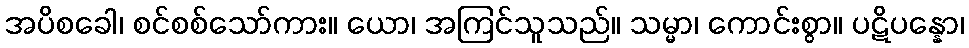
အပိစခေါ၊ စင်စစ်သော်ကား။ ယော၊ အကြင်သူသည်။ သမ္မာ၊ ကောင်းစွာ။ ပဋိပန္နော၊